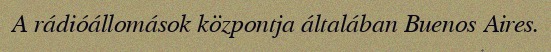
A rádióállomások központja általában Buenos Aires.